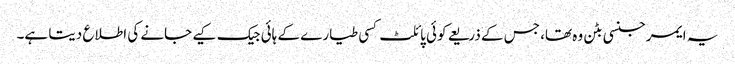
یہ ایمرجنسی بٹن وہ تھا، جس کے ذریعے کوئی پائلٹ کسی طیارے کے ہائی جیک کیے جانے کی اطلاع دیتا ہے۔